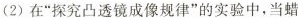
(2)在”探究凸透镜成像规律”的实验中，当蜡